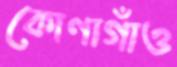
কোণাগাঁও